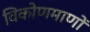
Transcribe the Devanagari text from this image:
विकोणमाणों